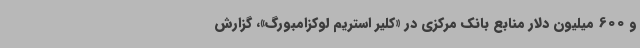
و 600 میلیون دلار منابع بانک مرکزی در «کلیر استریم لوکزامبورگ»، گزارش